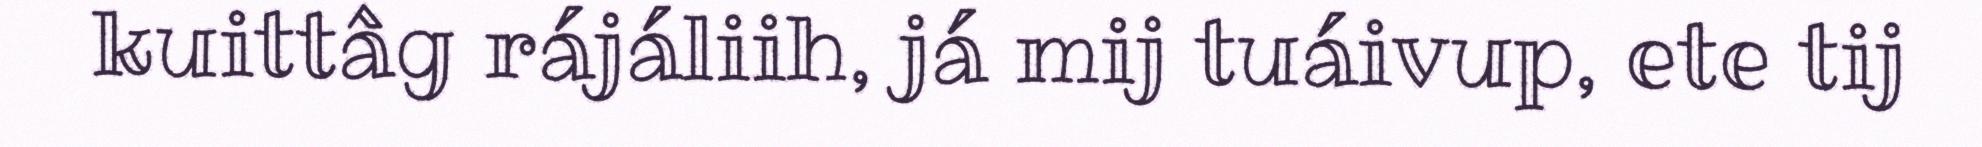
kuittâg rájáliih, já mij tuáivup, ete tij